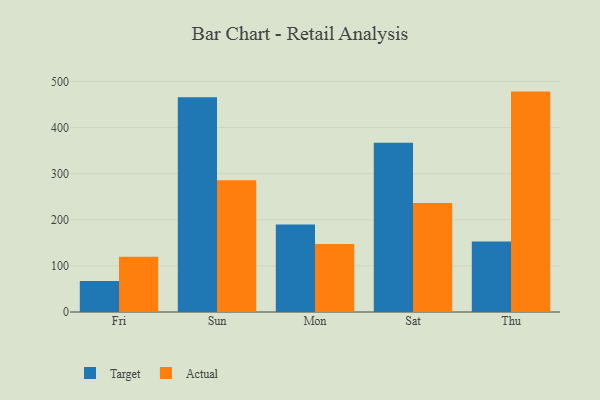
{"axis": {"x": "Day", "y": "Demand Index"}, "legend": ["Actual", "Target"], "data": [{"x": "Fri", "y": 67.2, "type": "Target"}, {"x": "Fri", "y": 120.0, "type": "Actual"}, {"x": "Sun", "y": 465.7, "type": "Target"}, {"x": "Sun", "y": 285.7, "type": "Actual"}, {"x": "Mon", "y": 190.0, "type": "Target"}, {"x": "Mon", "y": 147.7, "type": "Actual"}, {"x": "Sat", "y": 367.0, "type": "Target"}, {"x": "Sat", "y": 236.6, "type": "Actual"}, {"x": "Thu", "y": 152.7, "type": "Target"}, {"x": "Thu", "y": 478.0, "type": "Actual"}]}